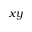
x y